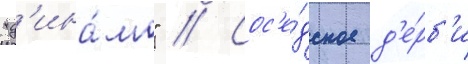
"д'ина́мо" // Сос'е́дское д'е́рб'и